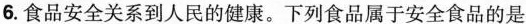
6.食品安全关系到人民的健康。下列食品属于安全食品的是